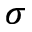
_ \sigma